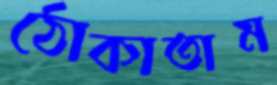
ঠোকাতাম